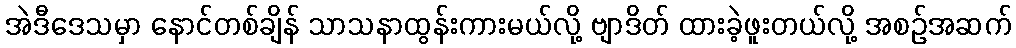
အဲဒီဒေသမှာ နောင်တစ်ချိန် သာသနာထွန်းကားမယ်လို့ ဗျာဒိတ် ထားခဲ့ဖူးတယ်လို့ အစဉ်အဆက်